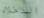
الدخلاء